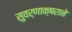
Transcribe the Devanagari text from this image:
सुवर्णाक्षराने